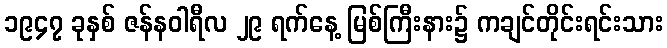
၁၉၄၇ ခုနှစ် ဇန်နဝါရီလ ၂၉ ရက်နေ့ မြစ်ကြီးနား၌ ကချင်တိုင်းရင်းသား